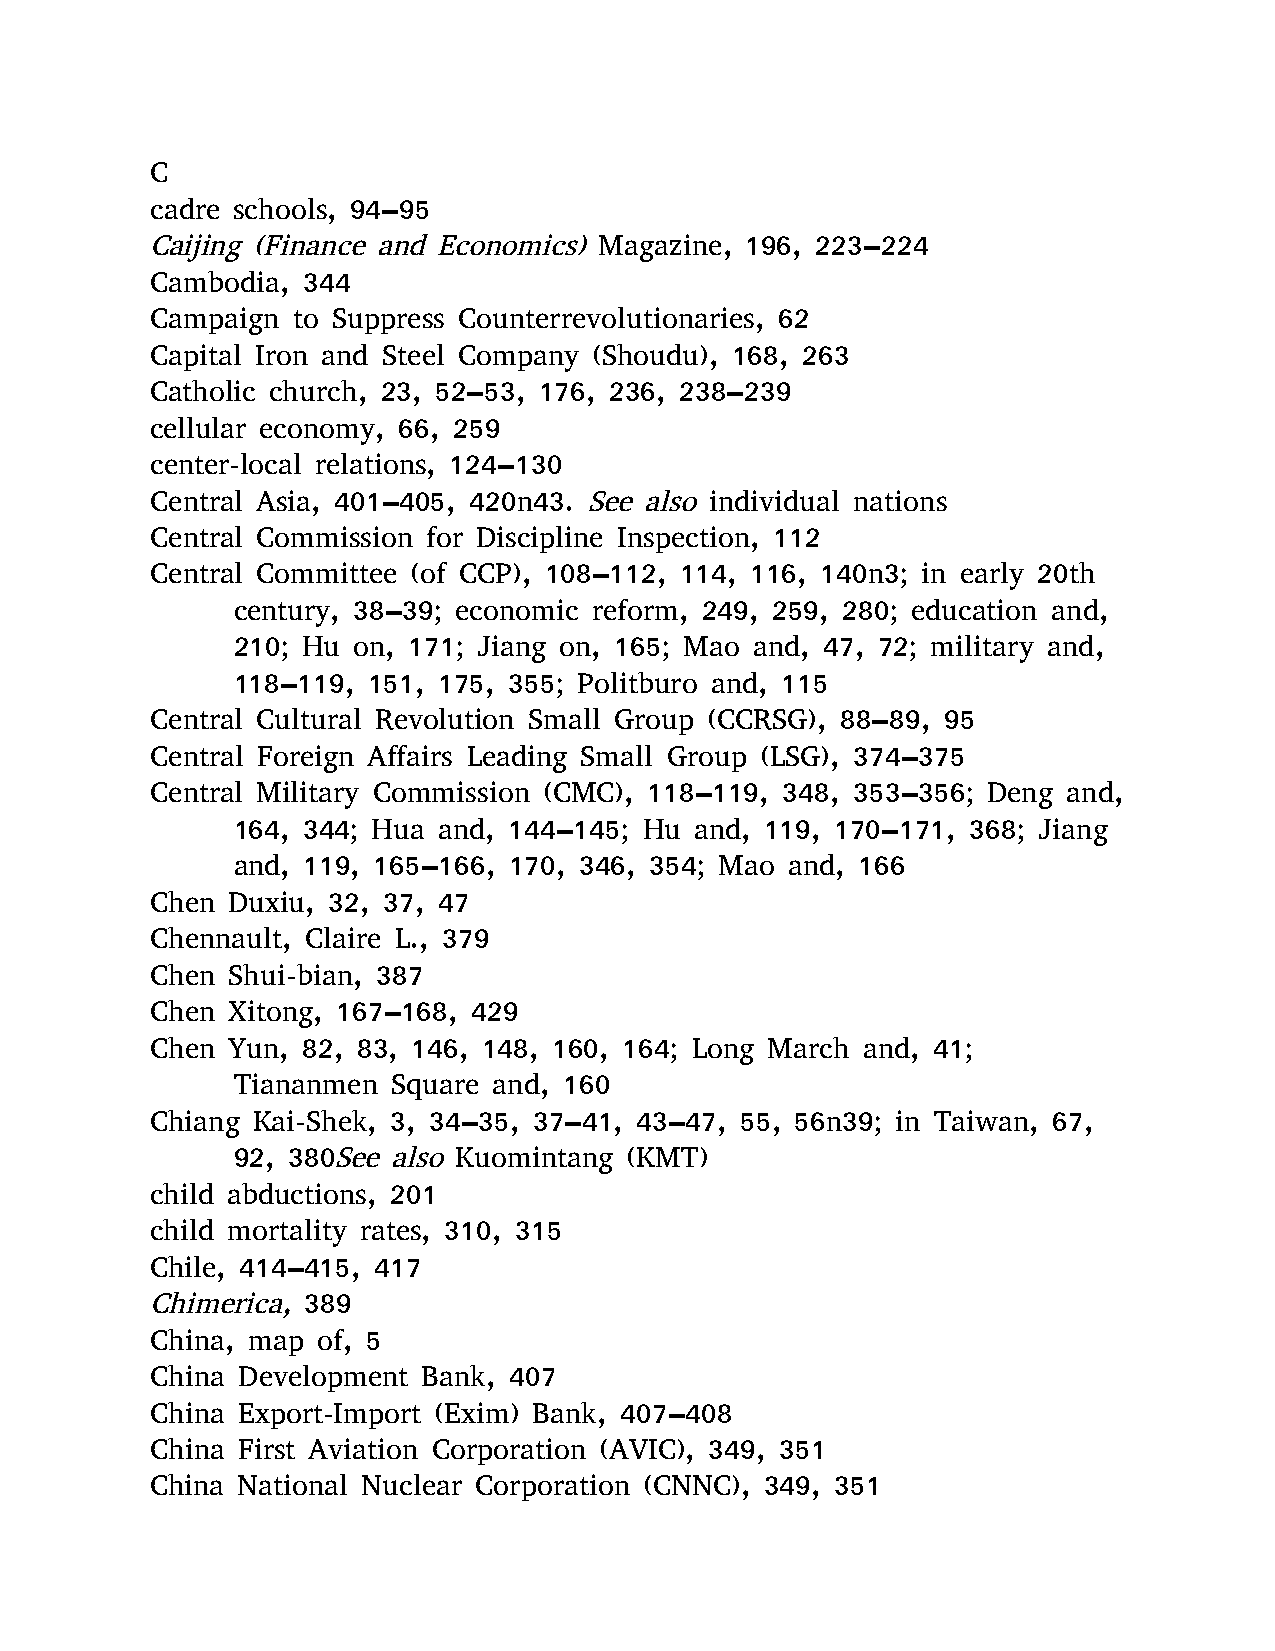
C
 cadre schools, 94–95
 Caijing (Finance and Economics) Magazine, 196, 223–224
 Cambodia, 344
 Campaign to Suppress Counterrevolutionaries, 62
 Capital Iron and Steel Company (Shoudu), 168, 263
 Catholic church, 23, 52–53, 176, 236, 238–239
 cellular economy, 66, 259
 center-local relations, 124–130
 Central Asia, 401–405, 420n43. See also individual nations
 Central Commission for Discipline Inspection, 112
 Central Committee (of CCP), 108–112, 114, 116, 140n3; in early 20th
 century, 38–39; economic reform, 249, 259, 280; education and,
 210; Hu on, 171; Jiang on, 165; Mao and, 47, 72; military and,
 118–119, 151, 175, 355; Politburo and, 115
 Central Cultural Revolution Small Group (CCRSG), 88–89, 95
 Central Foreign Affairs Leading Small Group (LSG), 374–375
 Central Military Commission (CMC), 118–119, 348, 353–356; Deng and,
 164, 344; Hua and, 144–145; Hu and, 119, 170–171, 368; Jiang
 and, 119, 165–166, 170, 346, 354; Mao and, 166
 Chen Duxiu, 32, 37, 47
 Chennault, Claire L., 379
 Chen Shui-bian, 387
 Chen Xitong, 167–168, 429
 Chen Yun, 82, 83, 146, 148, 160, 164; Long March and, 41;
 Tiananmen  Square and, 160
 Chiang Kai-Shek, 3, 34–35, 37–41, 43–47, 55, 56n39; in Taiwan, 67,
 92, 380See also Kuomintang (KMT)
 child abductions, 201
 child mortality rates, 310, 315
 Chile, 414–415, 417
 Chimerica, 389
 China, map of, 5
 China Development Bank, 407
 China Export-Import (Exim) Bank, 407–408
 China First Aviation Corporation (AVIC), 349, 351
 China National Nuclear Corporation (CNNC), 349, 351